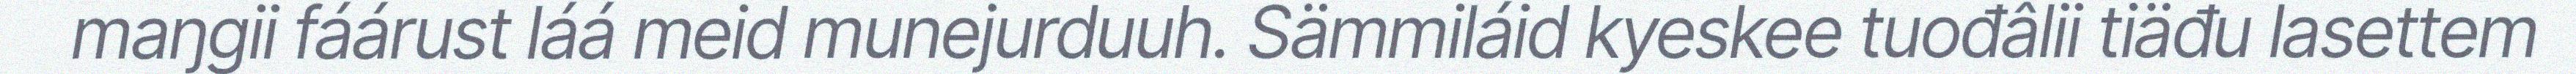
maŋgii fáárust láá meid munejurduuh. Sämmiláid kyeskee tuođâlii tiäđu lasettem